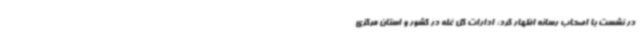
در نشست با اصحاب رسانه اظهار کرد: ادارات کل غله در کشور و استان مرکزی